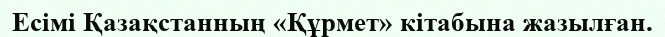
Есімі Қазақстанның «Құрмет» кітабына жазылған.